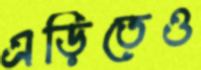
এড়িতেও